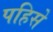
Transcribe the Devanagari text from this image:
पहिसे